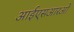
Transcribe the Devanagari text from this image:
आईएसआरओ